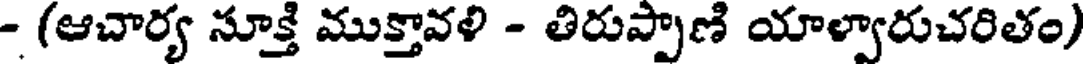
- (ఆచార్య సూక్తి ముక్తావళి - తిరుప్పాణి యాల్వారుచరితం)